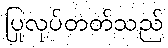
ပြုလုပ်တတ်သည်